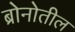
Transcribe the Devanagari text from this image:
ब्रोनोतील